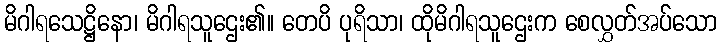
မိဂါရသေဋ္ဌိနော၊ မိဂါရသူဌေး၏။ တေပိ ပုရိသာ၊ ထိုမိဂါရသူဌေးက စေလွှတ်အပ်သော